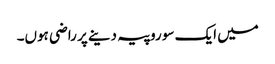
میں ایک سو روپیہ دینے پر راضی ہوں۔